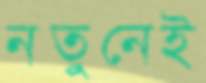
নতুনেই